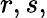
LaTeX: r,s,